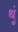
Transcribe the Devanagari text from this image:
थूं